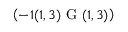
\left( - 1 ( 1 , 3 ) \textrm { G } ( 1 , 3 ) \right)